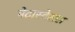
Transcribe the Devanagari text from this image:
मेटास्टेसस